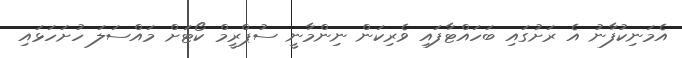
އެމަނިކުފާނު އެ ރަށުގައި ބަހައްޓާފައި ވެރިކަން ނިންމާނީ ސުޕްރީމް ކޯޓަށް މައްސަލަ ހުށަހަޅައި